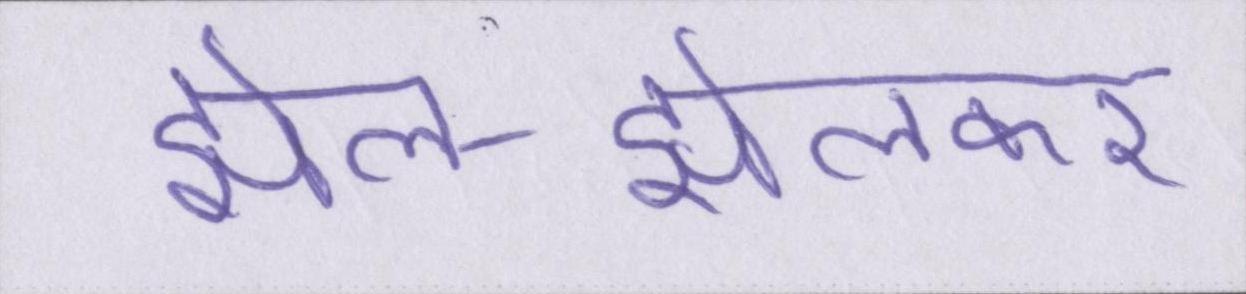
झेल-झेलकर